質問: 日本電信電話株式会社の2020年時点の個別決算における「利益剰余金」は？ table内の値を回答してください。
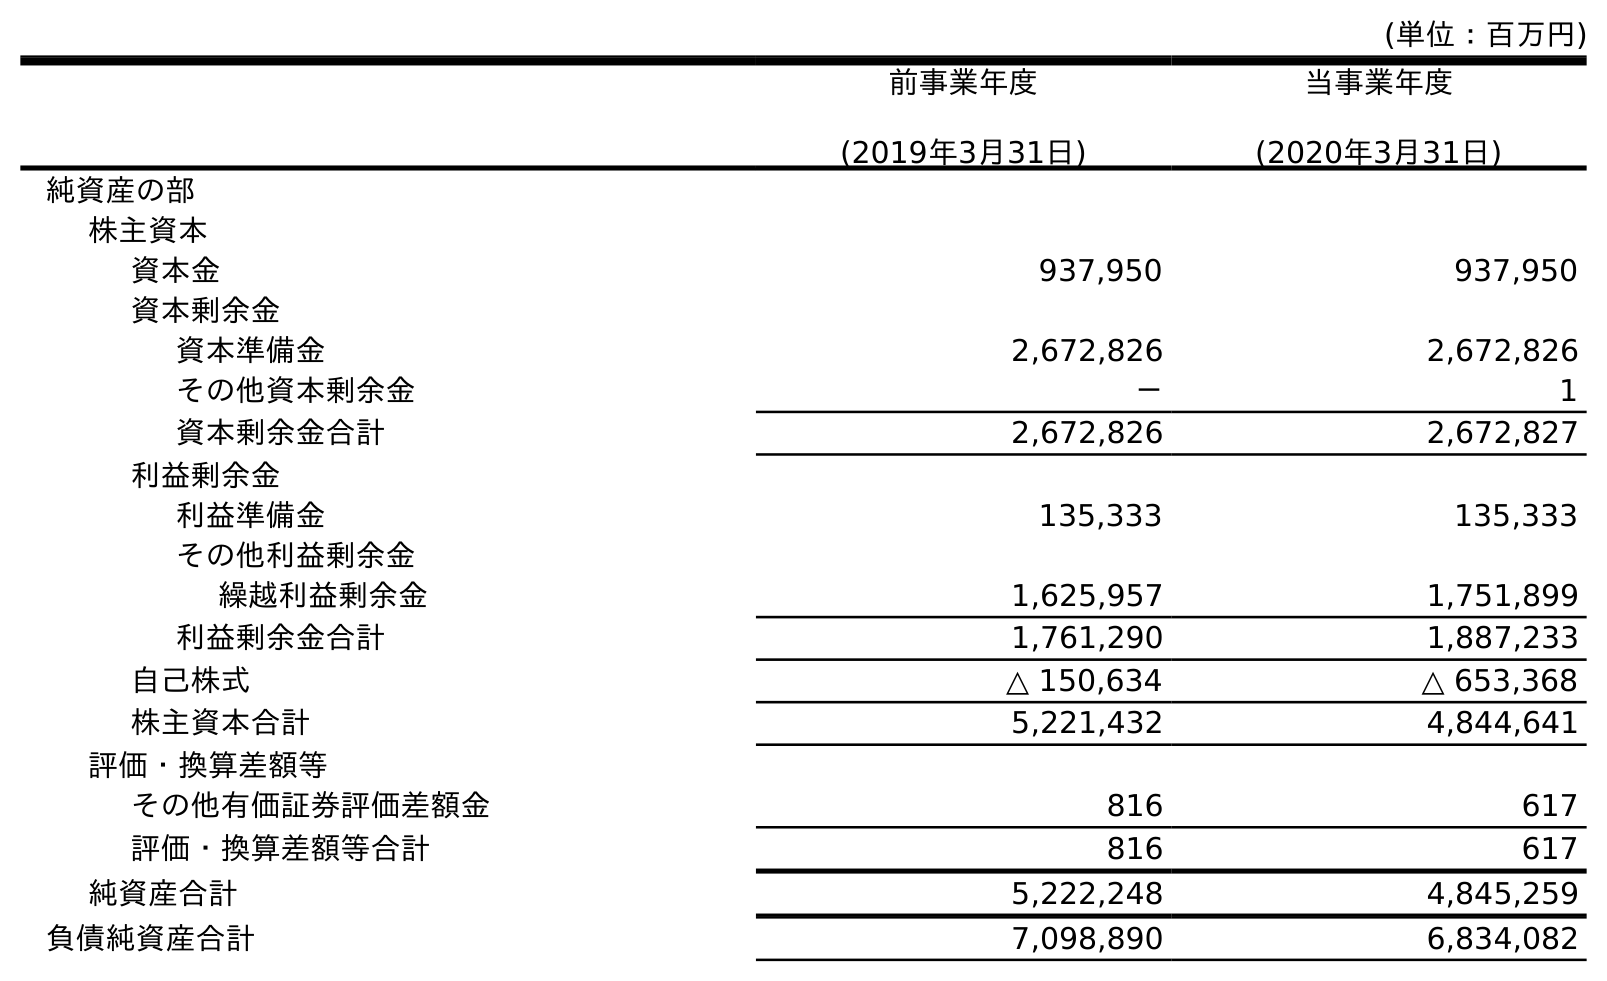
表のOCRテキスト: (単位：百万円) 前事業年度 (2019年3月31日) 当事業年度 (2020年3月31日) 純資産の部 株主資本 資本金 937,950 937,950 資本剰余金 資本準備金 2,672,826 2,672,826 その他資本剰余金 － 1 資本剰余金合計 2,672,826 2,672,827 利益剰余金 利益準備金 135,333 135,333 その他利益剰余金 繰越利益剰余金 1,625,957 1,751,899 利益剰余金合計 1,761,290 1,887,233 自己株式 △ 150,634 △ 653,368 株主資本合計 5,221,432 4,844,641 評価・換算差額等 その他有価証券評価差額金 816 617 評価・換算差額等合計 816 617 純資産合計 5,222,248 4,845,259 負債純資産合計 7,098,890 6,834,082
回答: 1,887,233